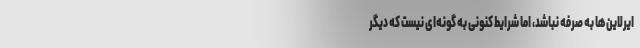
ایرلاین‌ها به صرفه نباشد، اما شرایط کنونی به گونه‌ای نیست که دیگر